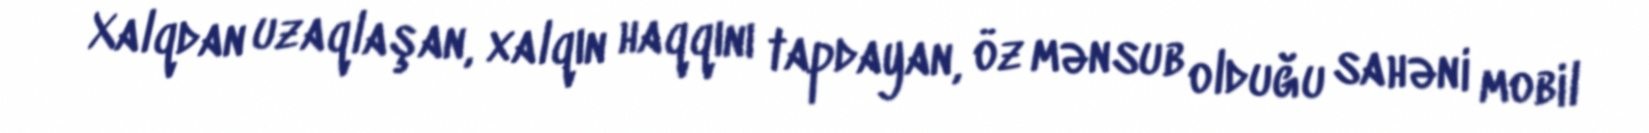
Xalqdan uzaqlaşan, xalqın haqqını tapdayan, öz mənsub olduğu sahəni mobil